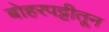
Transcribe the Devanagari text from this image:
बोहरपट्टीतून